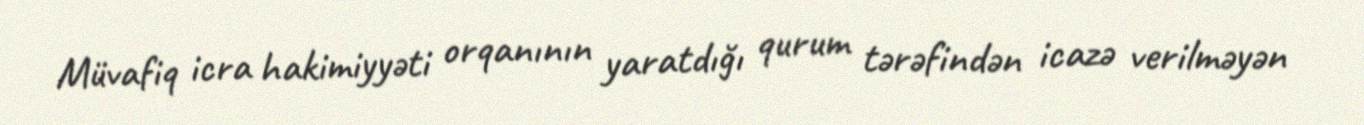
Müvafiq icra hakimiyyəti orqanının yaratdığı qurum tərəfindən icazə verilməyən